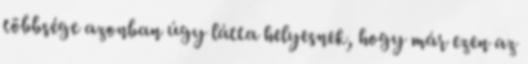
többsége azonban úgy látta helyesnek, hogy már ezen az